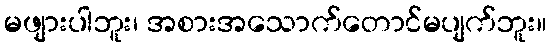
မဖျားပါဘူး၊ အစားအသောက်တောင်မပျက်ဘူး။